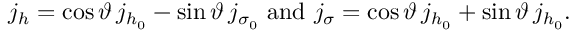
j _ { h } = \cos \vartheta \, j _ { h _ { 0 } } - \sin \vartheta \, j _ { \sigma _ { 0 } } \mathrm { ~ a n d ~ } j _ { \sigma } = \cos \vartheta \, j _ { h _ { 0 } } + \sin \vartheta \, j _ { h _ { 0 } } .